Civil Veterinary Dept. Assam report 1911-1927 - 1911-1927
Year: 1911
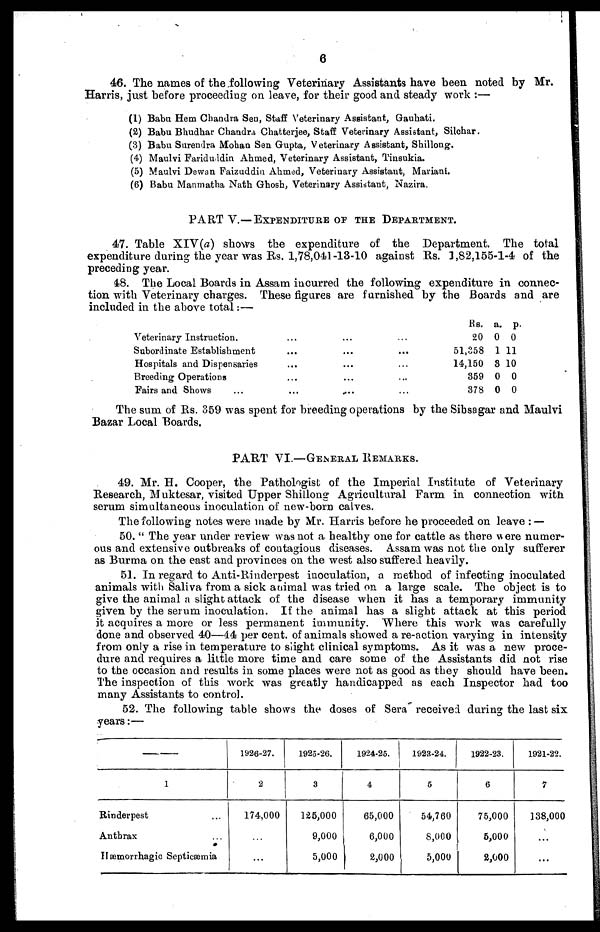
6
46. The names of the following Veterinary Assistants have been noted by Mr.
Harris, just before proceeding on leave, for their good and steady work :—
(1) Babu Hem Chandra Sen, Staff Veterinary Assistant, Gauhati.
(2) Babu Bhudhar Chandra Chatterjee, Staff Veterinary Assistant, Silchar.
(3) Babu Surendra Mohan Sen Gupta, Veterinary Assistant, Shillong.
(4) Maulvi Fariduddin Ahmed, Veterinary Assistant, Tiusukia.
(5) Maulvi Dewan Faizuddia Ahmed, Veterinary Assistant, Mariani.
(6) Babu Manmatha Nath Ghosh, Veterinary Assistant, Nazira.
PART V.—EXPENDITURE OF THE DEPARTMENT.
47. Table XIV(a) shows the expenditure of the Department. The total
expenditure during the year was Rs. 1,78,041-13-10 against Rs. 3,82,155-1-4 of the
preceding year.
48. The Local Boards in Assam incurred the following expenditure in connec-
tion with Veterinary charges. These figures are furnished by the Boards and are
included in the above total:—
Veterinary Instruction.
Subordinate Establishment
Hospitals and Dispensaries
Breeding Operations
Fairs and Shows ...
...
...
...
...
...
...
...
...
...
...
...
...
...
...
...
Rs. a. p.
20 0 0
51,358 1 11
14,150 8 10
359 0 0
378 0 0
The sum of Rs. 359 was spent for breeding operations by the Sibsagar and Maulvi
Bazar Local Boards,
PART VI.—GENERAL REMARKS.
49. Mr. H. Cooper, the Pathologist of the Imperial Institute of Veterinary
Research, Muktesar, visited Upper Shillong Agricultural Farm in connection with
serum simultaneous inoculation of new-born calves.
The following notes were made by Mr. Harris before he proceeded on leave :—
50. " The year under review was not a healthy one for cattle as there were numer-
ous and extensive outbreaks of contagious diseases. Assam was not the only sufferer
as Burma on the east and provinces on the west also suffered heavily.
51. In regard to Anti-Rinderpest inoculation, a method of infecting inoculated
animals with Saliva from a sick animal was tried on a large scale. The object is to
give the animal a slight attack of the disease when it has a temporary immunity
given by the serum inoculation. If the animal has a slight attack at this period
it acquires a more or less permanent immunity. Where this work was carefully
done and observed 40—44 per cent. of animals showed a re-action varying in intensity
from only a rise in temperature to slight clinical symptoms. As it was a new proce-
dure and requires a little more time and care some of the Assistants did not rise
to the occasion and results in some places were not as good as they should have been.
The inspection of this work was greatly handicapped as each Inspector had too
many Assistants to control.
52. The following table shows the doses of Sera received during the last six
years:—
—
1
Rinderpest ...
Anthrax ...
Hæmorrhagic Septicæmia
1926-27.
2
174,000
...
...
1925-26.
3
125,000
9,000
5,000
1924-25.
4
65,000
6,000
2,000
1923-24.
5
54,760
8,000
5,000
1922-23.
6
75,000
5,000
2,000
1921-22.
7
138,000
...
...